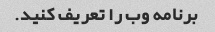
برنامه وب را تعریف کنید.